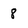
Character: 8